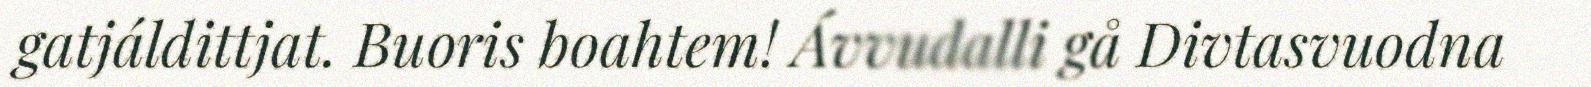
gatjáldittjat. Buoris boahtem! Ávvudalli gå Divtasvuodna